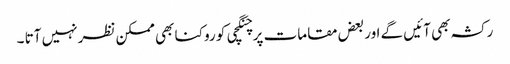
رکشہ بھی آئیں گے اور بعض مقامات پر چنگچی کو روکنا بھی ممکن نظر نہیں آتا ۔